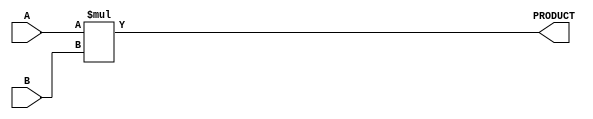
module parameterized_multiplier #(
    parameter A_WIDTH = 8,   // Bit width of the first input operand
    parameter B_WIDTH = 8    // Bit width of the second input operand
)(
    input  [A_WIDTH-1:0] A,  // First input operand
    input  [B_WIDTH-1:0] B,  // Second input operand
    output reg [A_WIDTH + B_WIDTH - 1:0] PRODUCT // Output product
);

    // Behavioral description of the multiplier
    always @(*) begin
        PRODUCT = A * B; // Perform multiplication
    end

endmodule